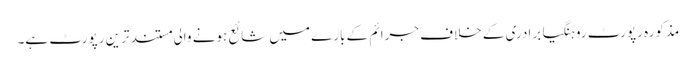
مذکورہ رپورٹ روہنگیا برادری کے خلاف جرائم کے بارے میں شائع ہونے والی مستند ترین رپورٹ ہے۔